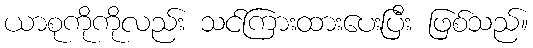
ယာစုကိုကိုလည်း သင်ကြားထားပေးပြီး ဖြစ်သည်။